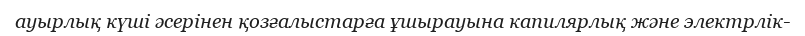
ауырлық күші әсерінен қозғалыстарға ұшырауына капилярлық және электрлік-